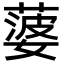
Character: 蔢